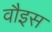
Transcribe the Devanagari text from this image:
वौइस